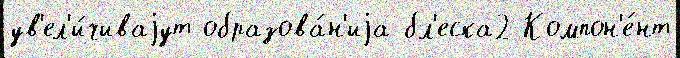
ув'ел'и́чиваjут образова́н'иjа бл'еска2 Компон'е́нт